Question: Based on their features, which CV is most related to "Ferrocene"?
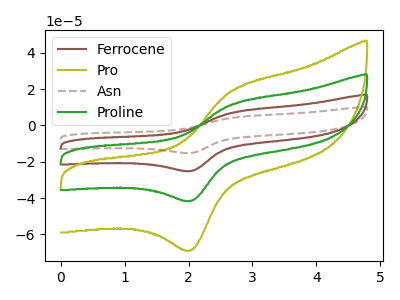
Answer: <think>The brown curve "Ferrocene" has an anodic peak at (2.70V, 23.35uA) and a cathodic peak at (2.05V, -82.80uA). The olive curve "Pro" has an anodic peak at (2.70V, 19.35uA) and a cathodic peak at (2.05V, -68.55uA). The brown dashed curve "Asn" has an anodic peak at (2.70V, 35.05uA) and a cathodic peak at (2.05V, -124.20uA). The green curve "Proline" has an anodic peak at (2.70V, 11.70uA) and a cathodic peak at (2.05V, -41.40uA).
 All the peaks in "Ferrocene" have a peak in "Pro" at the same potential. Every peak in "Ferrocene" is higher than every peak in "Pro". All the peaks in "Ferrocene" have a peak in "Asn" at the same potential. Every peak in "Ferrocene" is lower than every peak in "Asn". All the peaks in "Ferrocene" have a peak in "Proline" at the same potential. Every peak in "Ferrocene" is higher than every peak in "Proline". All the peaks in "Pro" have a peak in "Asn" at the same potential. Every peak in "Pro" is lower than every peak in "Asn". All the peaks in "Pro" have a peak in "Proline" at the same potential. Every peak in "Pro" is higher than every peak in "Proline". All the peaks in "Asn" have a peak in "Proline" at the same potential. Every peak in "Asn" is higher than every peak in "Proline".</think>
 <answer>"Ferrocene", "Asn" and "Proline" have a similar shape to "Pro".</answer>
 <eval>"Ferrocene" "Asn" "Proline"</eval>